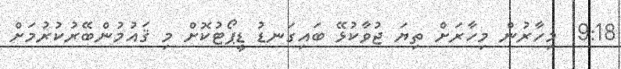
9:18  މިހާރުން މިހާރަށް ތިޔަ ޖުވާކުޅޭ ބައިގަނޑު ޑީޕޯޓުކޮށް މި ޤައުމުންބޭރުކުރުމަށް